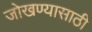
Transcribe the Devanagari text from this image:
जोखण्यासाठी